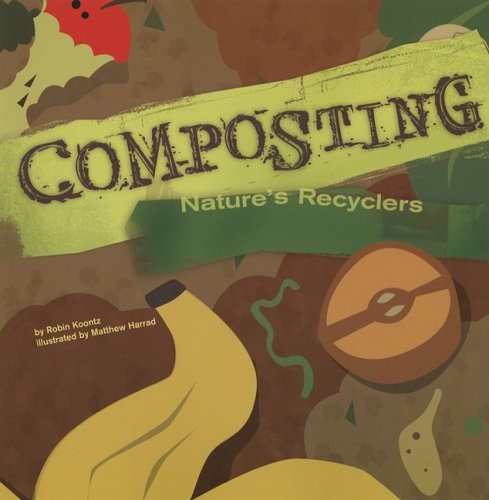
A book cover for Composting: Nature's Recyclers (Amazing Science); Robin Koontz; Children's Books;